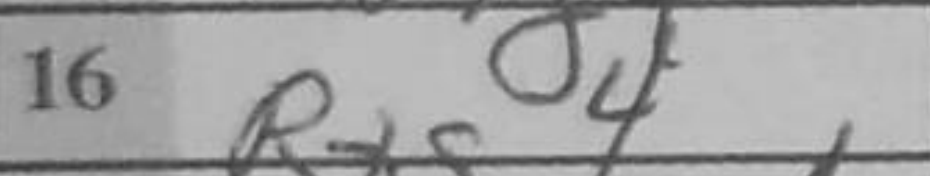
Transcription: Rxg4